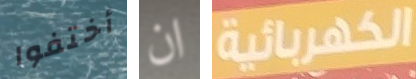
أختفوا ان الكهربائية